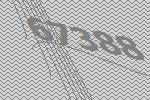
67388